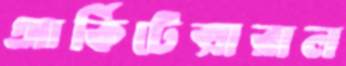
আর্কিটেক্সারাল